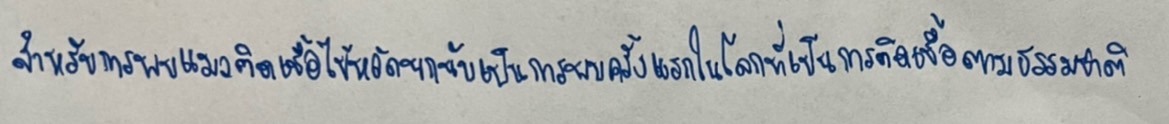
สำหรับการพบแมวติดเชื้อไข้หวัดนกนับเป็นการพบครั้งแรกในโลกที่เป็นการติดเชื้อตามธรรมชาติ